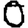
Digit: 0